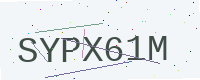
Text: SYPX61M